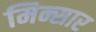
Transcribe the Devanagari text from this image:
मिन्सार